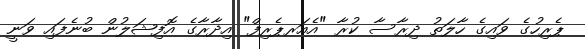
ޕެރިހުގެ ވައިގެ ހާލަތު ދިރާސާ ކުރާ "އެއަރޕެރިފް" އިދާރާގެ އޮފިޝަލުން ބުނެފައި ވަނީ